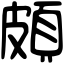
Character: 頗